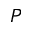
\cal P